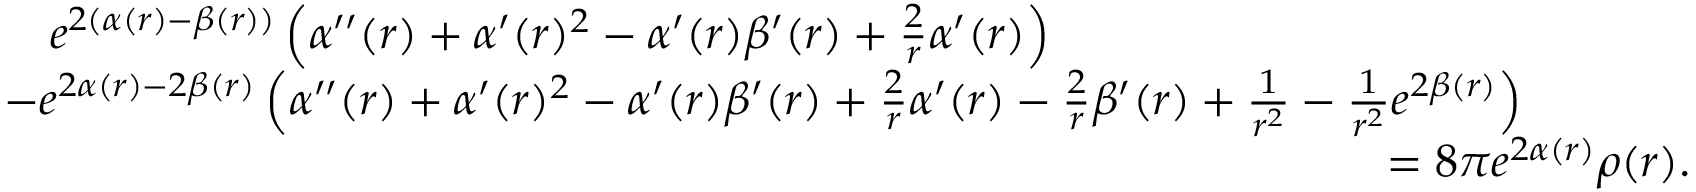
\begin{array} { r l } & { \phantom { - } \: e ^ { 2 ( \alpha ( r ) - \beta ( r ) ) } \left( \alpha ^ { \prime \prime } ( r ) + \alpha ^ { \prime } ( r ) ^ { 2 } - \alpha ^ { \prime } ( r ) \beta ^ { \prime } ( r ) + \frac { 2 } { r } \alpha ^ { \prime } ( r ) \right) } \\ & { - e ^ { 2 \alpha ( r ) - 2 \beta ( r ) } \left( \alpha ^ { \prime \prime } ( r ) + \alpha ^ { \prime } ( r ) ^ { 2 } - \alpha ^ { \prime } ( r ) \beta ^ { \prime } ( r ) + \frac { 2 } { r } \alpha ^ { \prime } ( r ) - \frac { 2 } { r } \beta ^ { \prime } ( r ) + \frac { 1 } { r ^ { 2 } } - \frac { 1 } { r ^ { 2 } } e ^ { 2 \beta ( r ) } \right) } \\ & { \qquad \qquad \qquad \qquad \qquad \qquad \qquad \qquad \qquad \qquad \qquad \qquad \qquad \qquad \qquad = 8 \pi e ^ { 2 \alpha ( r ) } \rho ( r ) . } \end{array}